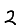
Digit: 2